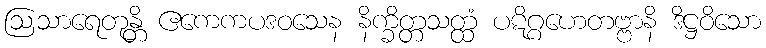
ဩသာရေတုန္တိ ဧကေကပဒဝသေန နိက္ခိတ္တသတ္ထံ ပဋိဂ္ဂဟေတဗ္ဗာနိ ဒိဋ္ဌဝိသော